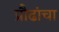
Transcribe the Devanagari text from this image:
प्रौढांचा